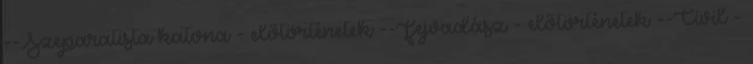
--Szeparatista katona - előtörténetek --Fejvadász - előtörténetek --Civil -